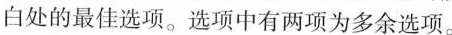
白处的最佳选项.选项中有两项为多余选项。